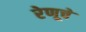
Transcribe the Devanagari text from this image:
रेणूचे